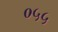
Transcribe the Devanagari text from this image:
०५५